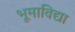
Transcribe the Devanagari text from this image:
भूमाविद्या